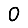
Digit: 0